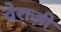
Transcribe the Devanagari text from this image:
वेराज़ी